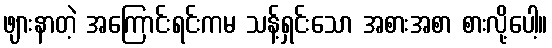
ဖျားနာတဲ့ အကြောင်းရင်းကမ သန့်ရှင်းသော အစားအစာ စားလို့ပေါ့။